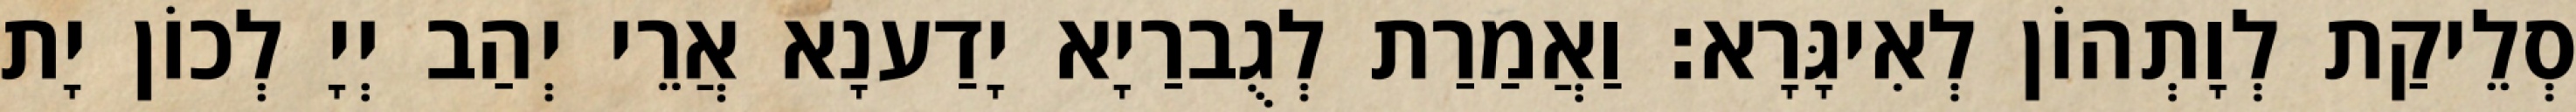
סְלֵיקַת לְוָתְהוֹן לְאִיגָּרָא׃ וַאֲמַרַת לְגֻברַיָא יָדַענָא אֲרֵי יְהַב יְיָ לְכוֹן יָת